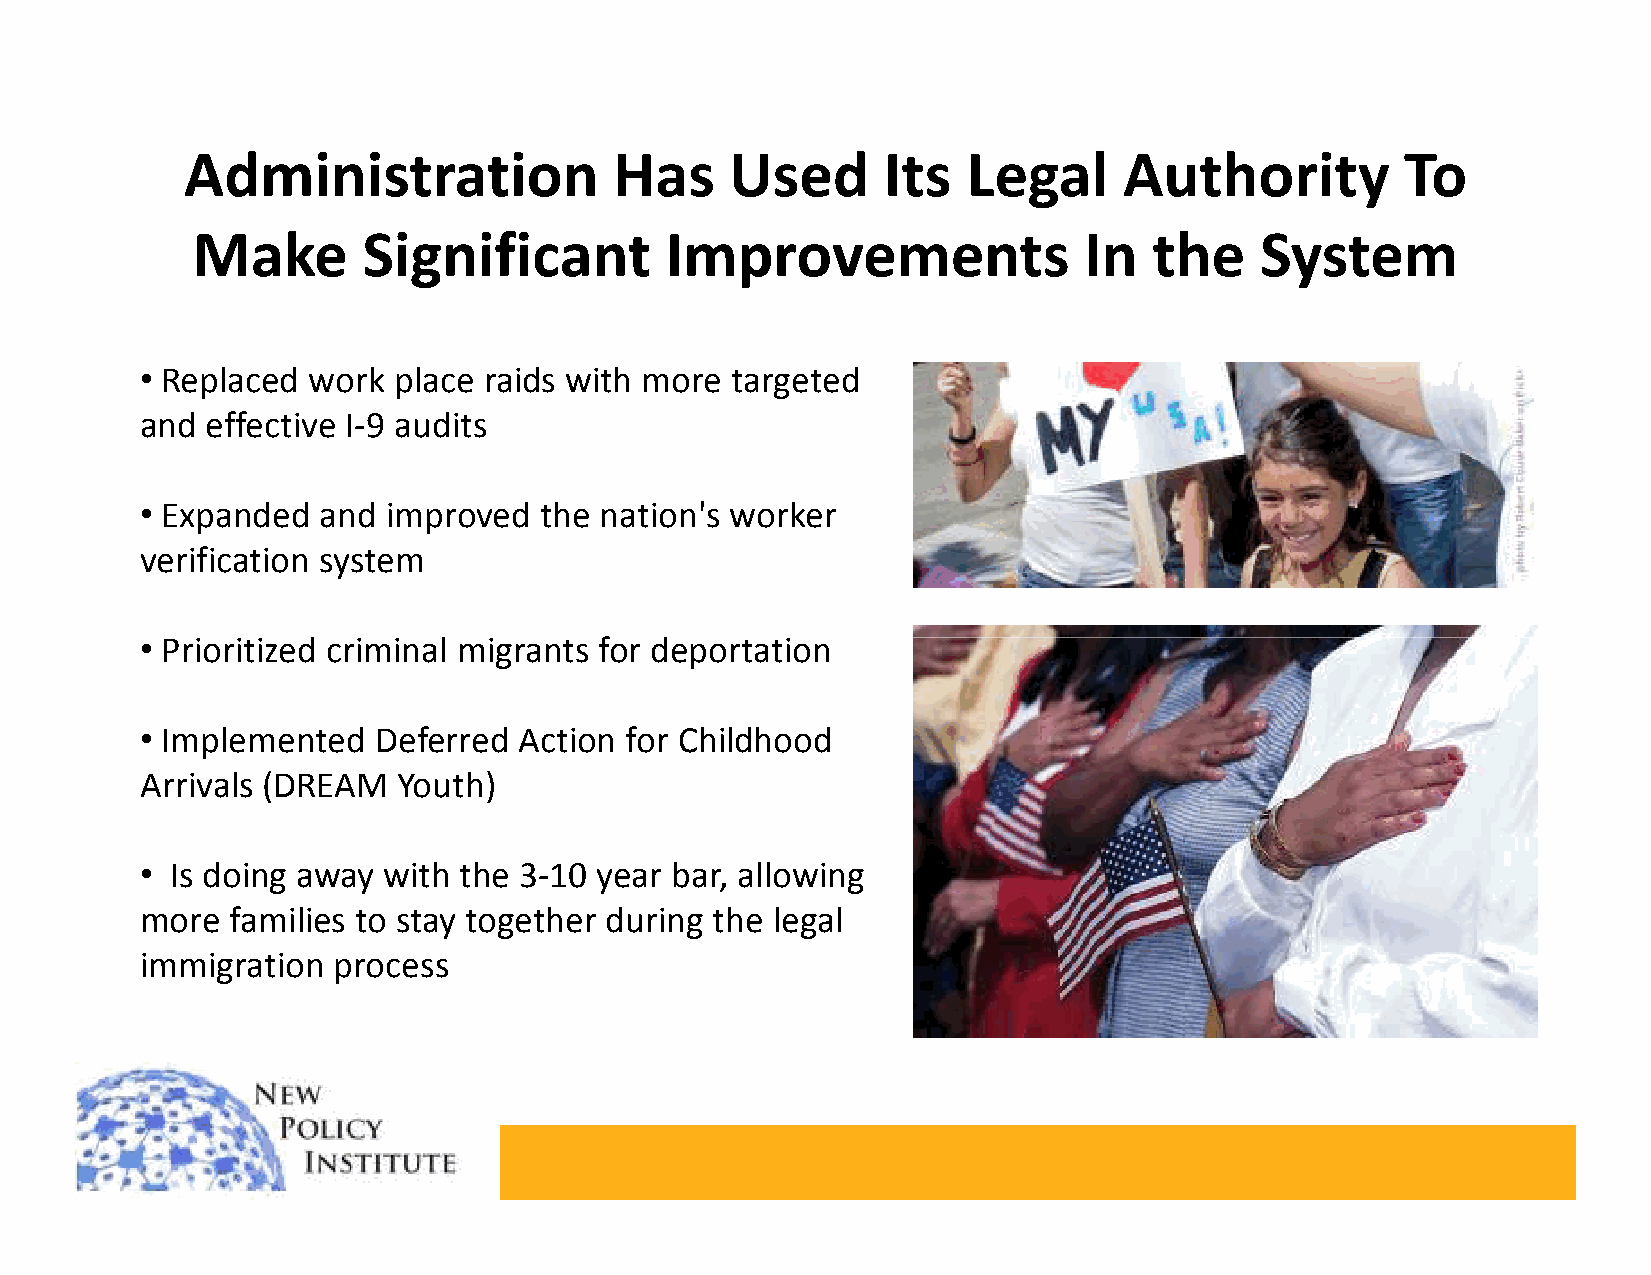
Administration               Has    Used      Its   Legal     Authority          To
 Make       Significant         Improvements                In  the    System
 •
 Replaced work  place raids with more targeted
 and  effective I-9 audits
 •
 Expanded  and  improved  the nation's worker
 verification system
 ••
 PPrriioorriittiizzeedd ccrriimmiinnaall mmiiggrraannttss ffoorr ddeeppoorrttaattiioonn
 •
 Implemented   Deferred Action for Childhood
 Arrivals (DREAM  Youth)
 •
 Is doing away with the 3-10  year bar, allowing
 more  families to stay together during the legal
 immigration  process
 •